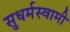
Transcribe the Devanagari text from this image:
सुधर्मस्वामी